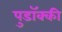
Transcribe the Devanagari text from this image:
पुडॉक्की